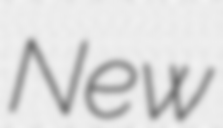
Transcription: New